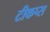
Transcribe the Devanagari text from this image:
टीकप्स